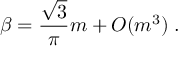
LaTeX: \beta = \frac { \sqrt { 3 } } { \pi } m + O ( m ^ { 3 } ) \; .